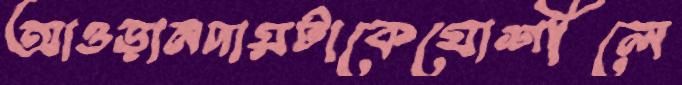
আওড়ানদায়টাকেযোশীলে